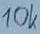
Text: 10K